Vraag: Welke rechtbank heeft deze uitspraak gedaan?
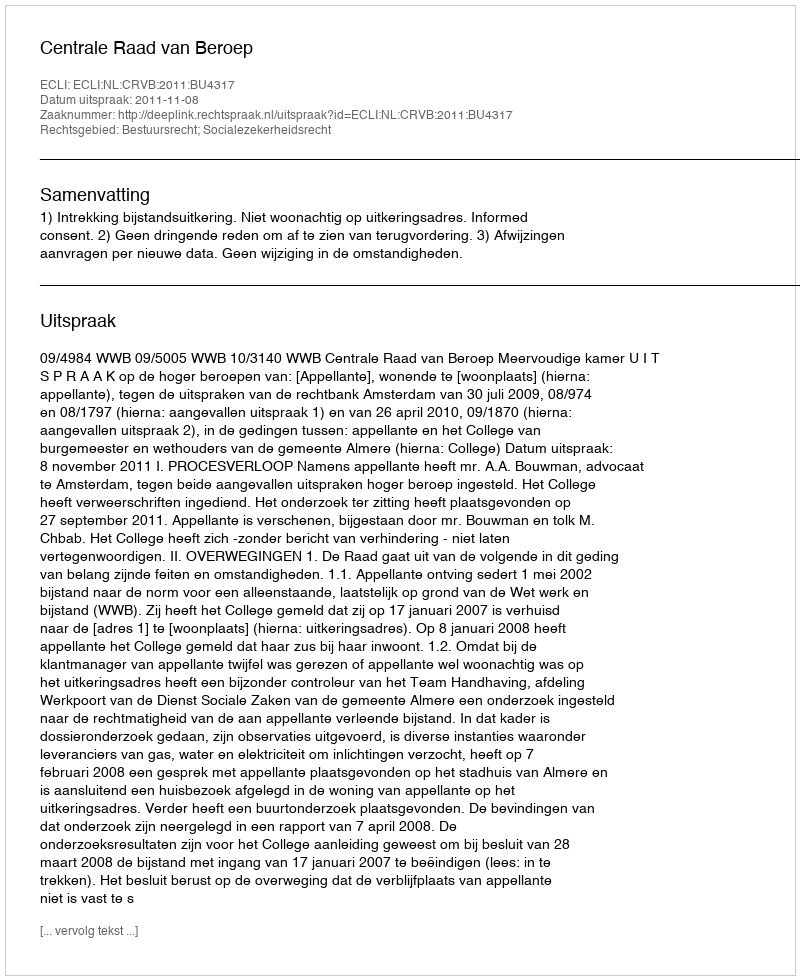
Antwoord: Centrale Raad van Beroep